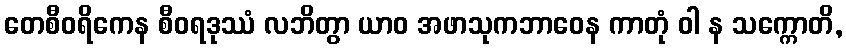
တေစီဝရိကေန စီဝရဒုဿံ လဘိတွာ ယာဝ အဖာသုကဘာဝေန ကာတုံ ဝါ န သက္ကောတိ,